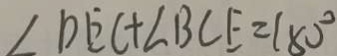
\angle D E C + \angle B C E = 1 8 0 ^ { \circ }